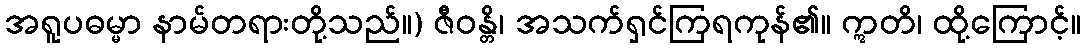
အရူပဓမ္မာ နာမ်တရားတို့သည်။) ဇီဝန္တိ၊ အသက်ရှင်ကြရကုန်၏။ ဣတိ၊ ထို့ကြောင့်။